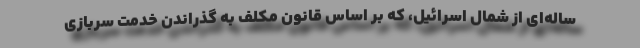
ساله‌ای از شمال اسرائیل، که بر اساس قانون مکلف به گذراندن خدمت سربازی